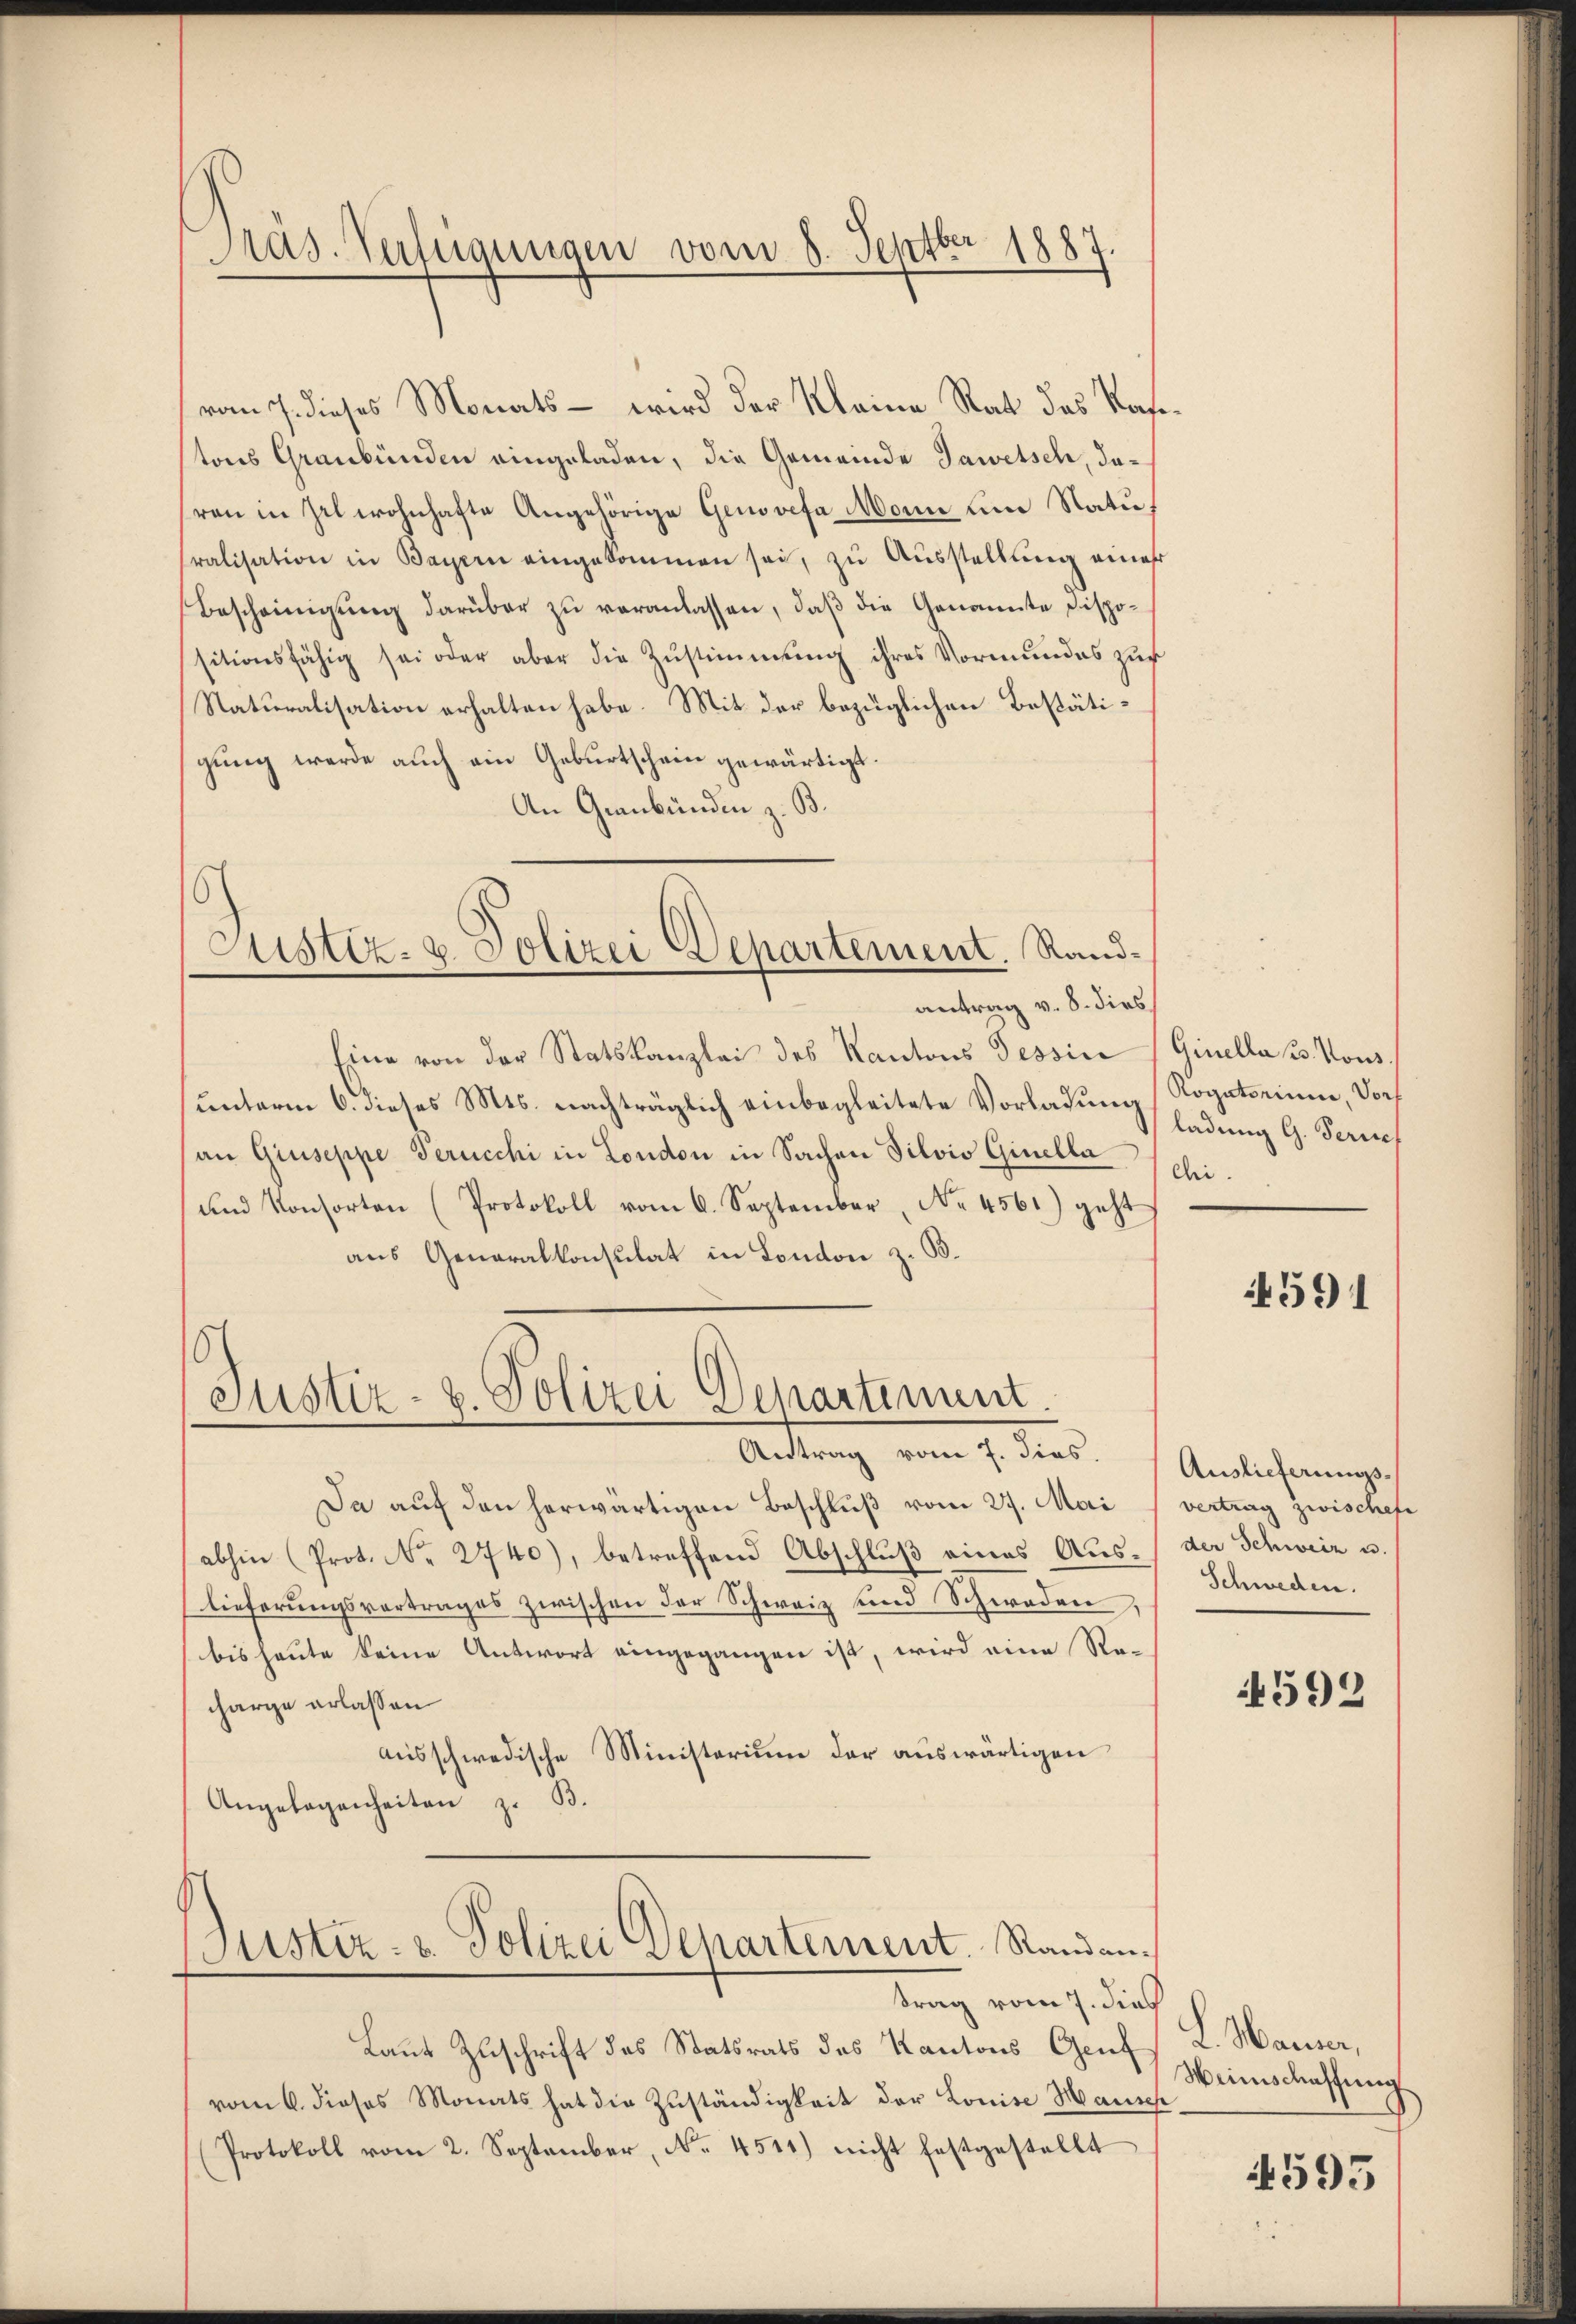
Präs. Verfügungen vom 8. Septber 1887

vom 7. dieses Monats - wird der Kleine Rat des Vate
tons Graubünden eingeladen, die Gemeinde Jawetsch, daren in Zel wohnhafte Angehörige Genovefa Mone um Naturalisation in Bayern eingekommen sei, zu Ausstellung eines
Bescheinigung darüber zu veranlassen, daß die Genannte Dispositionsfähig sei oder aber die Zŭstimmung ihres Vormundes zur
Naturalisation erhalten habe. Mit der bezüglichen Bestätigung werde auch ein Geburtschein gewärtigt.
An Graubünden z. B.

6
Justiz- & Polizei Departement. Rand¬

6
Justiz- u. Polizei Departemen
Antrag vom 7. dies.

Justiz- & Polizei Departement. Standan¬

Eine von der Statskanzlei des Kantons Tessine (Gisella u. Vous.
(unterm 6. dieses Mts. nachträglich einbegleitete Vorladung Rogatorium, Dorf
an Giuseppe Perucchi in London in Sachen Silvis Ginella
und Konsorten (Protokoll vom 6. September, No. 4561) geht
aus Generalkonsulat in London z. B.

antrag v. 8. dies

Da auf den herwärtigen Beschluß vom 27. Mai
abhin (Prot. No. 2740), betreffend Abschluß eines Auslieferungsvertrages zwischen der Schweiz und Schwaden,
bis heute keine Antwort eingegangen ist, wird eine Re-
charge erlassen
ausschwedische Ministerium der auswärtigen
Angelegenheiten z. B.

trag vom 7. dies
Laut Zuschrift des Statsrats des Kantons Genf L. Hauser,
vom 6. dieses Monats hat die Zuständigkeit der Louise Hausch
Protokoll vom 2. September, No. 4514) nicht festgestellt

ladung G. Serief
chi.

4591

Auslieferungsvertrag zwischehe
der Schweiz u.
Schweden.

592

Weinschaffung

4595